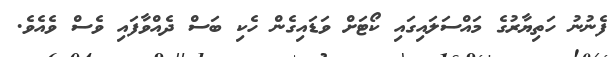
ފެނުނު ހަތިޔާރުގެ މައްސަލައިގައި ކޯޓަށް ވަޑައިގެން ހެކި ބަސް ދެއްވާފައި ވެސް ވެއެވެ.